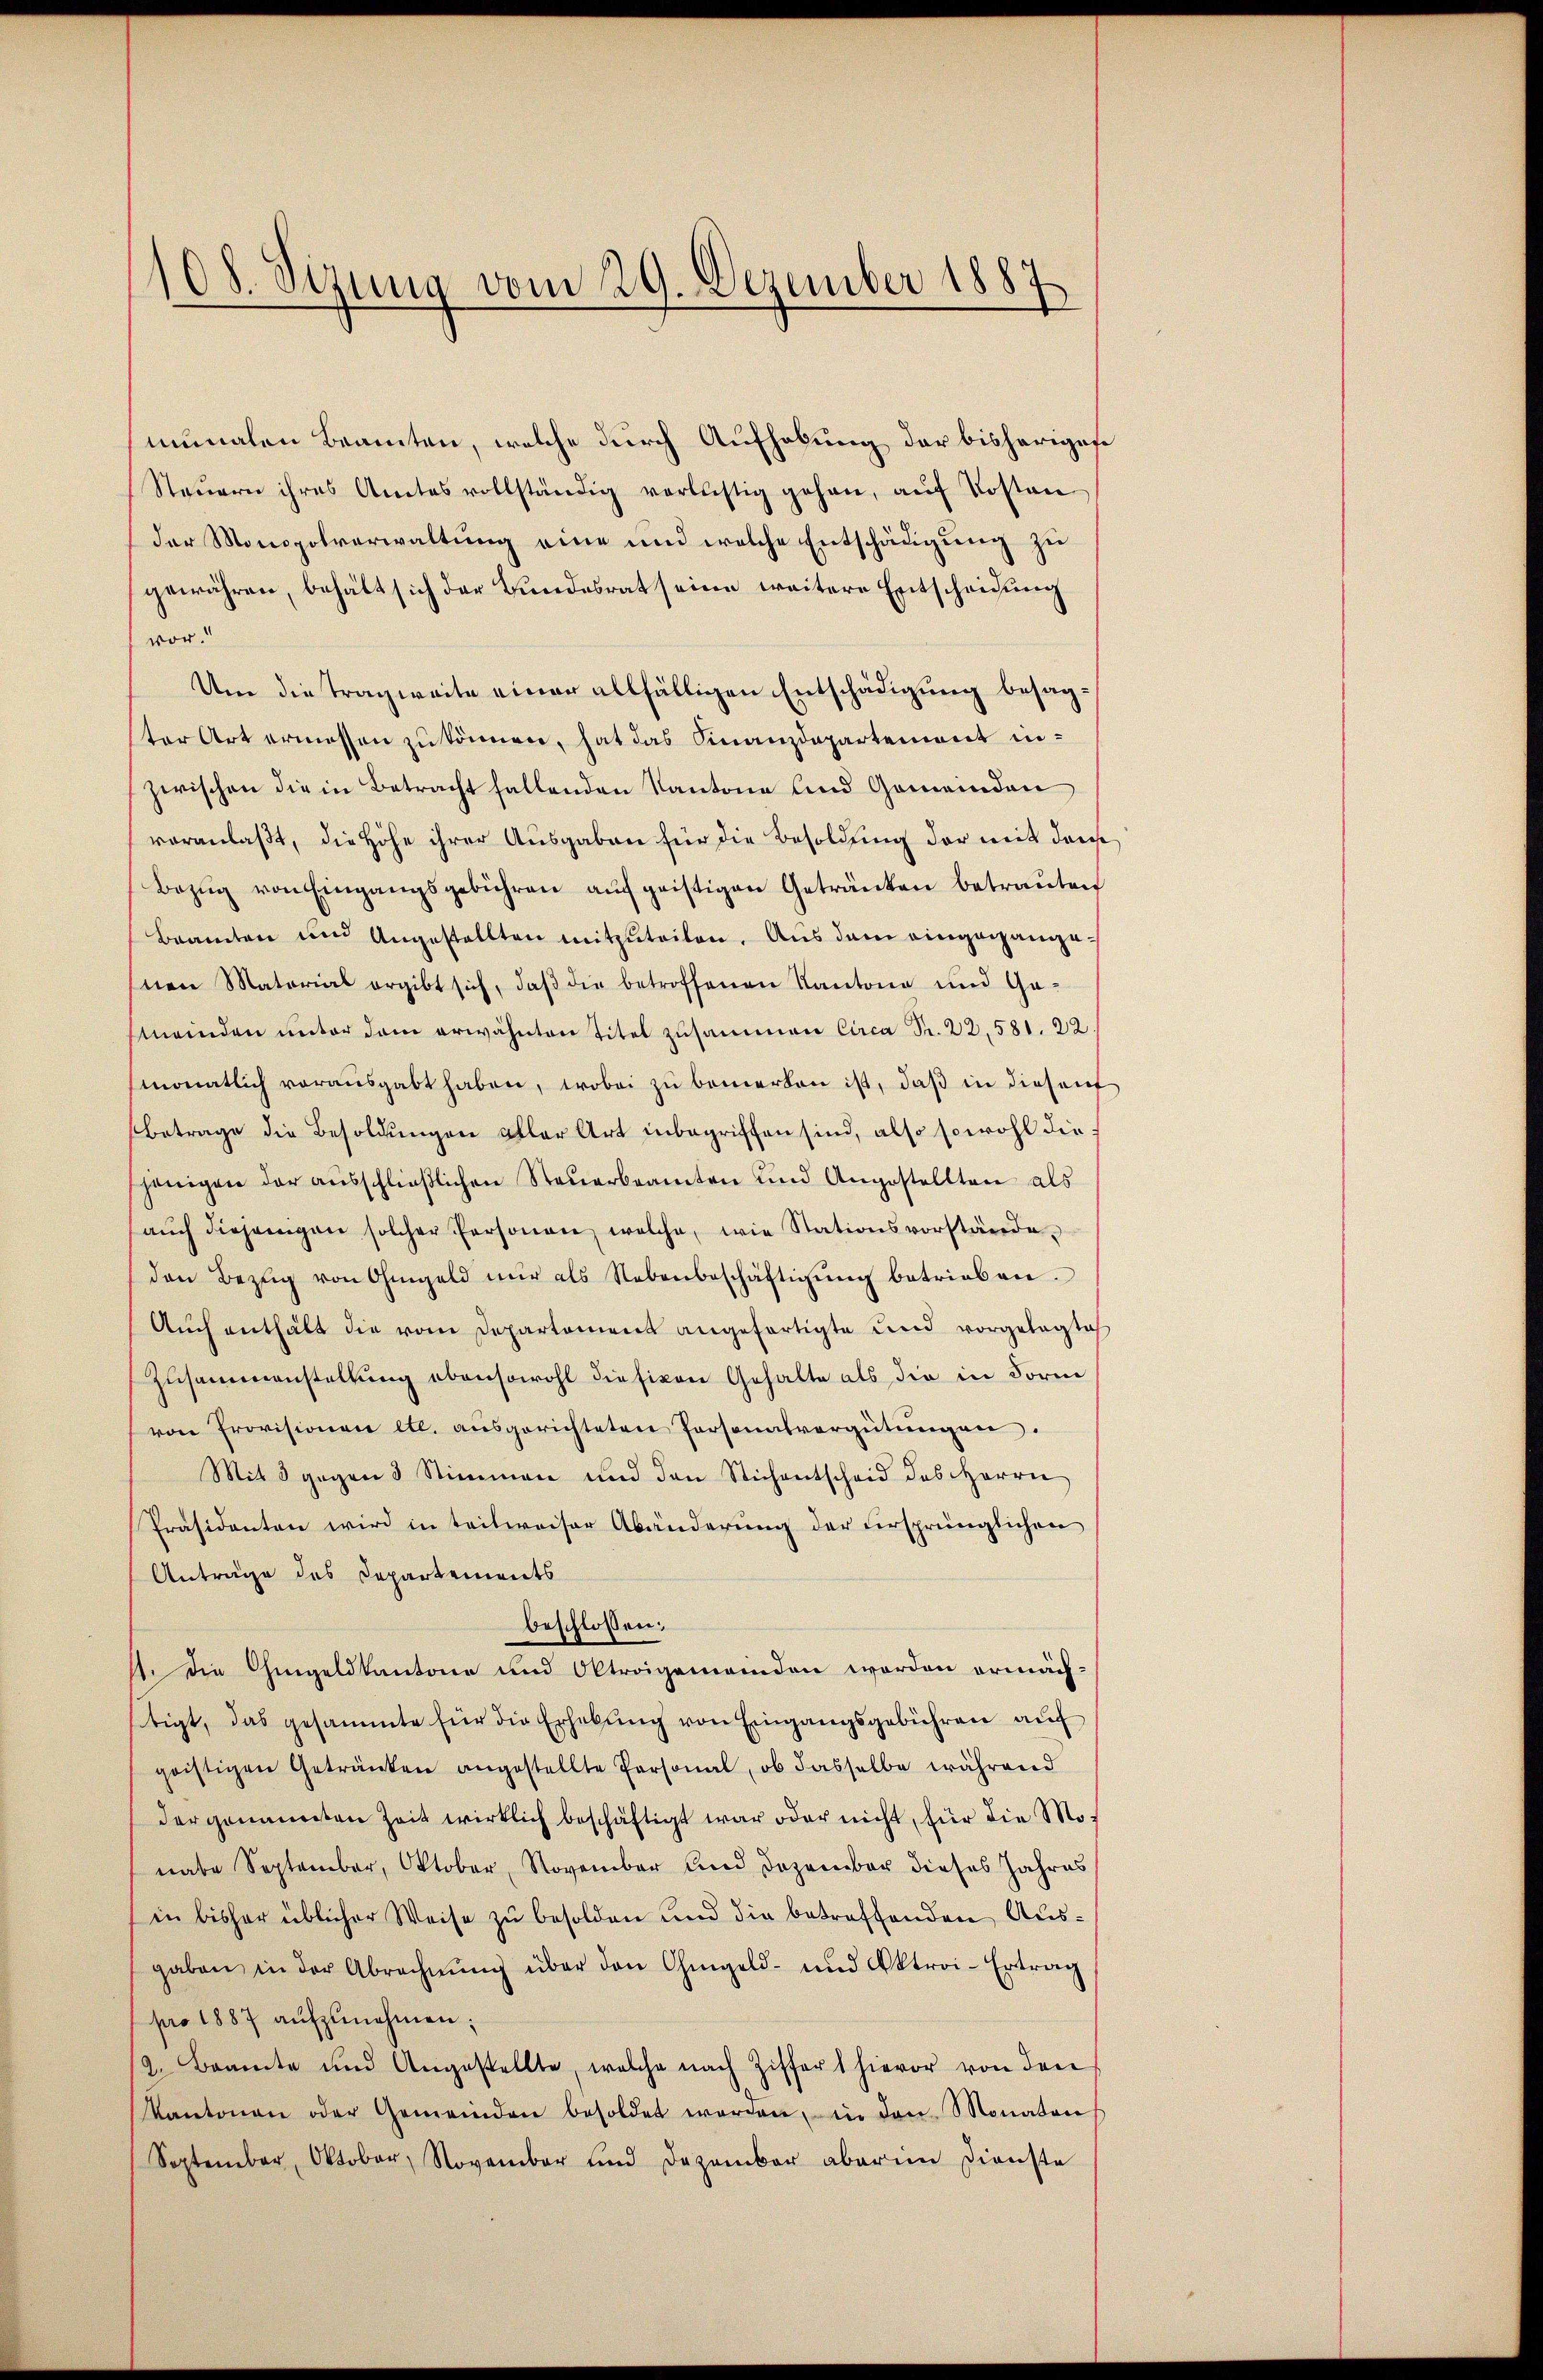
108. Sezung vom 29. Dezember 1887

nunalen Beamten, welche durch Aufhebung der bisherigese
Steŭern ihres Amtes vollständig verlustig gehen, aŭf Kosten
der Monopolverwaltung eine und welche Entschädigung zu
gewähren, behält sich der Bundesrat seine weitere Entscheidung
vor.
Um die Tragweite einer allfälligen Entschädigung besagter Art ermessen zu können, hat das Finanzdepartement inzwischen die in Betracht fallenden Kantone und Gemeinden
veranlaßt, die Höhe ihrer Ausgaben für die Besoldung der mit dem
Bezŭg von Eingangsgebühren aŭf geistigen Getränken betraŭten
Beamten und Angestellten mitzŭteilen. Aŭs dem eingegangenen Matorial ergibt sich, daβ die betroffenen Kantone und Ga-
Mmeinden unter dem erwähnten Titel zusammen Circa Fr. 22, 581. 22.
monatlich vorausgabt haben, wobei zu bemerken ist, daß in diesenf
Betrage die Besoldungen aller Art inbegriffen sind, also sowohl diejenigen der aŭsschließlichen Steuerbeamten und Angestellten als
aŭch diejenigen solcher Personen, welche, wie Stationsvorstände
den Bezŭg von Ohmgeld nŭr als Nebenbeschäftigŭng betrieben.
Aŭch enthält die vom Departement angefertigte und vorgelegte
Zusammenstellung ebensowohl diesikon Gehalte als die in Form
von Provisionen etc. ausgerichteten Personalvergütungen.
Mit 3 gegen 3 Stimmen und den Stichentscheid des Herrn
Präsidenten wird in teilweiser Abänderung der ursprünglichen
Anträge des Departements
beschlossen:
1. Die Ohmgeldkantone und Oltrogemeinden worden ermäch-
stigt, das gesammte für die Erhebung von Eingangsgebühren auf
goistigen Getränken angestellte Personal, ob dasselbe während
dergenannten Zeit wirklich beschäftigt war oder nicht, für die Monabe September, Oktober, November und Dezember dieses Jahres
in bisher üblicher Weise zŭ besolden und die betreffenden Ausgaben in der Abrechnŭng über den Ohmgeld- und Oktroi-Ertrag
pro 1887 aŭfzŭnehmen;
2. Beamte und Angestellte, welche nach Ziffert hievor von den
Kantonen oder Gemeinden besoldet werden, in den Monaten
September, Oktober, November und Dezember aber in Dienste